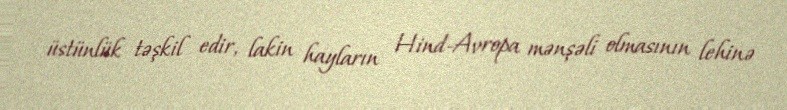
üstünlük təşkil edir, lakin hayların Hind-Avropa mənşəli olmasının lehinə